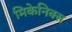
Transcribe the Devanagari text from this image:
मिकेनिक्स